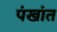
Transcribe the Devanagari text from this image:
पंखांत